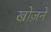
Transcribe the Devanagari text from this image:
खोज़ने